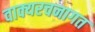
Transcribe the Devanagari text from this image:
वाक्यरचनागत